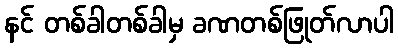
နင် တစ်ခါတစ်ခါမှ ခဏတစ်ဖြုတ်လာပါ